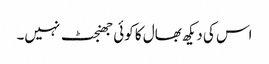
اس کی دیکھ بھال کا کوئی جھنجٹ نہیں۔